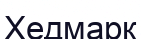
Хедмарк